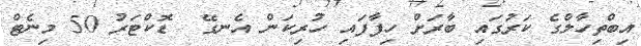
އިބްތިހާލްގެ ކަރުގައި ބާރަށް ހިފާފައި ހުރިކަން އެނގޭ  ޑޮކްޓަރު 50 މިނެޓް